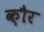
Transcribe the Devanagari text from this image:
क़ौर